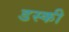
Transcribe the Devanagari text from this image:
डस्की